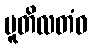
ပူတိလတံဝ